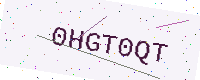
Text: 0HGT0QT